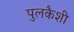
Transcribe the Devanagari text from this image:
पुलकैशी